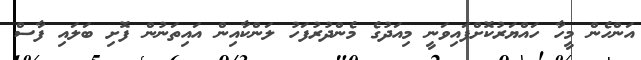
އަންހެން މީހާ ހައްޔަރުކޮށްފައިވަނީ މިއަދުގެ މެންދުރުފަހު ލަންކާއިން އައިތަނުން ފޮށި ބަލައި ފާސް